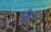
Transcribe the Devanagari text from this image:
छँटा